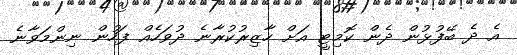
އެ ދެ ބޭފުޅުން ދެން ކޮމިޓީ އަށް ހާޒިރުކުރާނެ ދުވަހެއް ފަހުން ނިންމަވާނެ